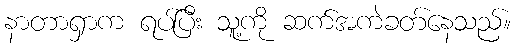
နာတာရှာက ရပ်ပြီး သူ့ကို ဆက်အကဲခတ်နေသည်။